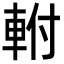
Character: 軵